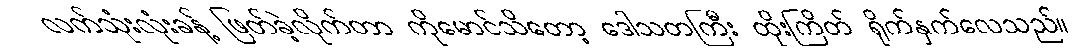
လက်သုံးလုံးခန့် ဖြတ်ခဲ့လိုက်တာ ကိုမောင်သိတော့ ဒေါသတကြီး ထိုးကြိတ် ရိုက်နှက်လေသည်။